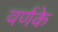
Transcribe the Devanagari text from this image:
वर्णके